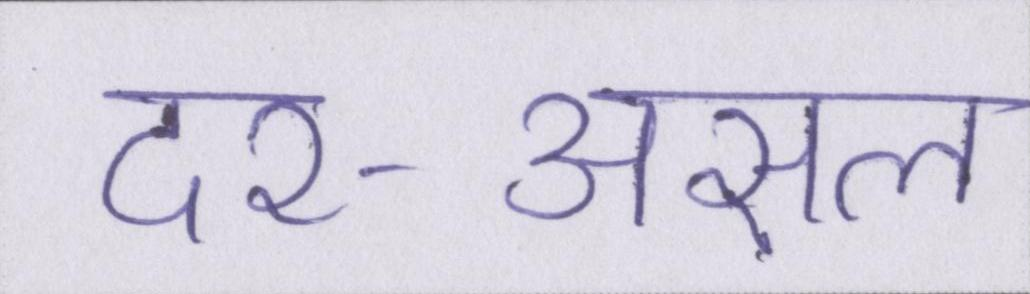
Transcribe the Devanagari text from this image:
दर-असल